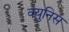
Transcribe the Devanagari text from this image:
क्युनिस